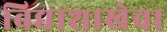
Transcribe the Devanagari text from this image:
विद्याशाखेचा